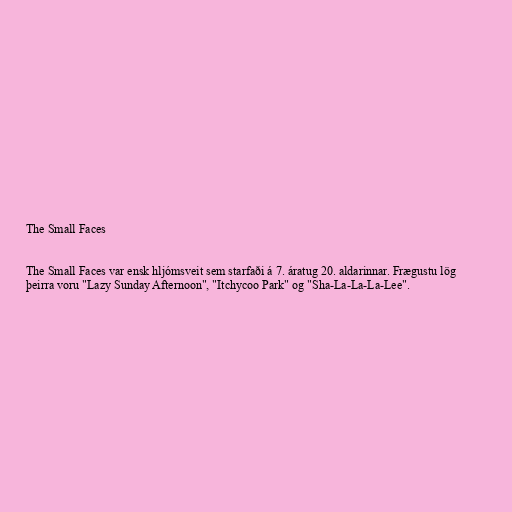
The Small Faces

The Small Faces var ensk hljómsveit sem starfaði á 7. áratug 20. aldarinnar. Frægustu lög
þeirra voru "Lazy Sunday Afternoon", "Itchycoo Park" og "Sha-La-La-La-Lee".